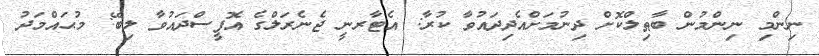
ނިންމި ނިންމުން ބާޠިލްކޮށް ދިނުމަށްއެދިދައުވާ ކުރާ: އެޓާރނީ ޖެނެރަލްގެ އޮފީސްދައުވާ ލިބޭ: މުޙައްމަދު